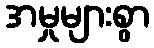
အမှုများစွာ